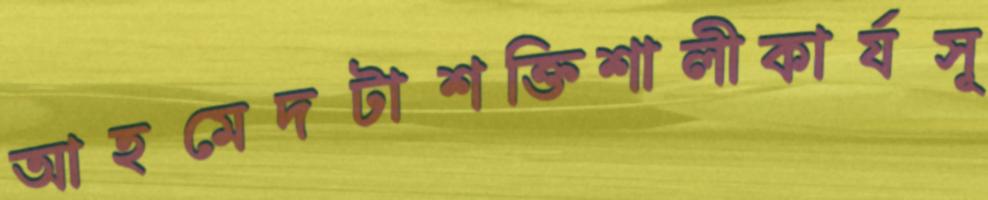
আহমেদটাশক্তিশালীকার্যসূ